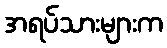
အရပ်သားများက